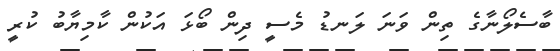
ބާސެލޯނާގެ ތިން ވަނަ ލަނޑު މެސީ ދިން ބޯޅަ އަކުން ކާމިޔާބު ކުރީ